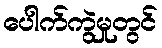
ပေါက်ကွဲမှုတွင်